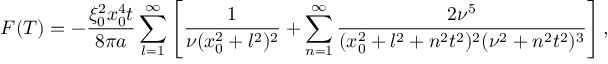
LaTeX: F ( T ) = - \frac { \xi _ { 0 } ^ { 2 } x _ { 0 } ^ { 4 } t } { 8 \pi a } \sum _ { l = 1 } ^ { \infty } \left[ \frac 1 { \nu ( x _ { 0 } ^ { 2 } + l ^ { 2 } ) ^ { 2 } } + \sum _ { n = 1 } ^ { \infty } \frac { 2 \nu ^ { 5 } } { ( x _ { 0 } ^ { 2 } + l ^ { 2 } + n ^ { 2 } t ^ { 2 } ) ^ { 2 } ( \nu ^ { 2 } + n ^ { 2 } t ^ { 2 } ) ^ { 3 } } \right] ,